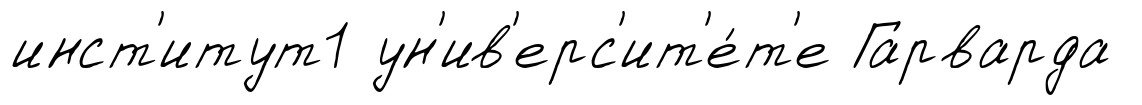
инст'итут1 ун'ив'ерс'ит'е́т'е Гарварда